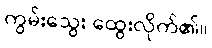
ကွမ်းသွေး ထွေးလိုက်၏။